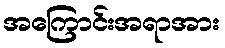
အကြောင်းအရာအား